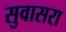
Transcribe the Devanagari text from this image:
सुवासरा